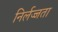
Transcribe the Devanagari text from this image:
निर्लज्जता